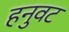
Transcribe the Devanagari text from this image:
हनुवट